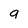
Character: a